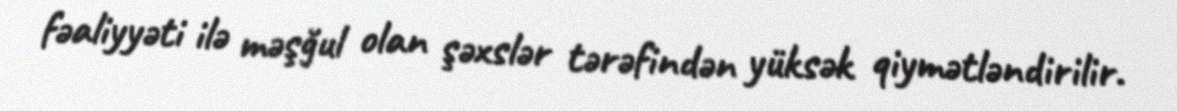
fəaliyyəti ilə məşğul olan şəxslər tərəfindən yüksək qiymətləndirilir.